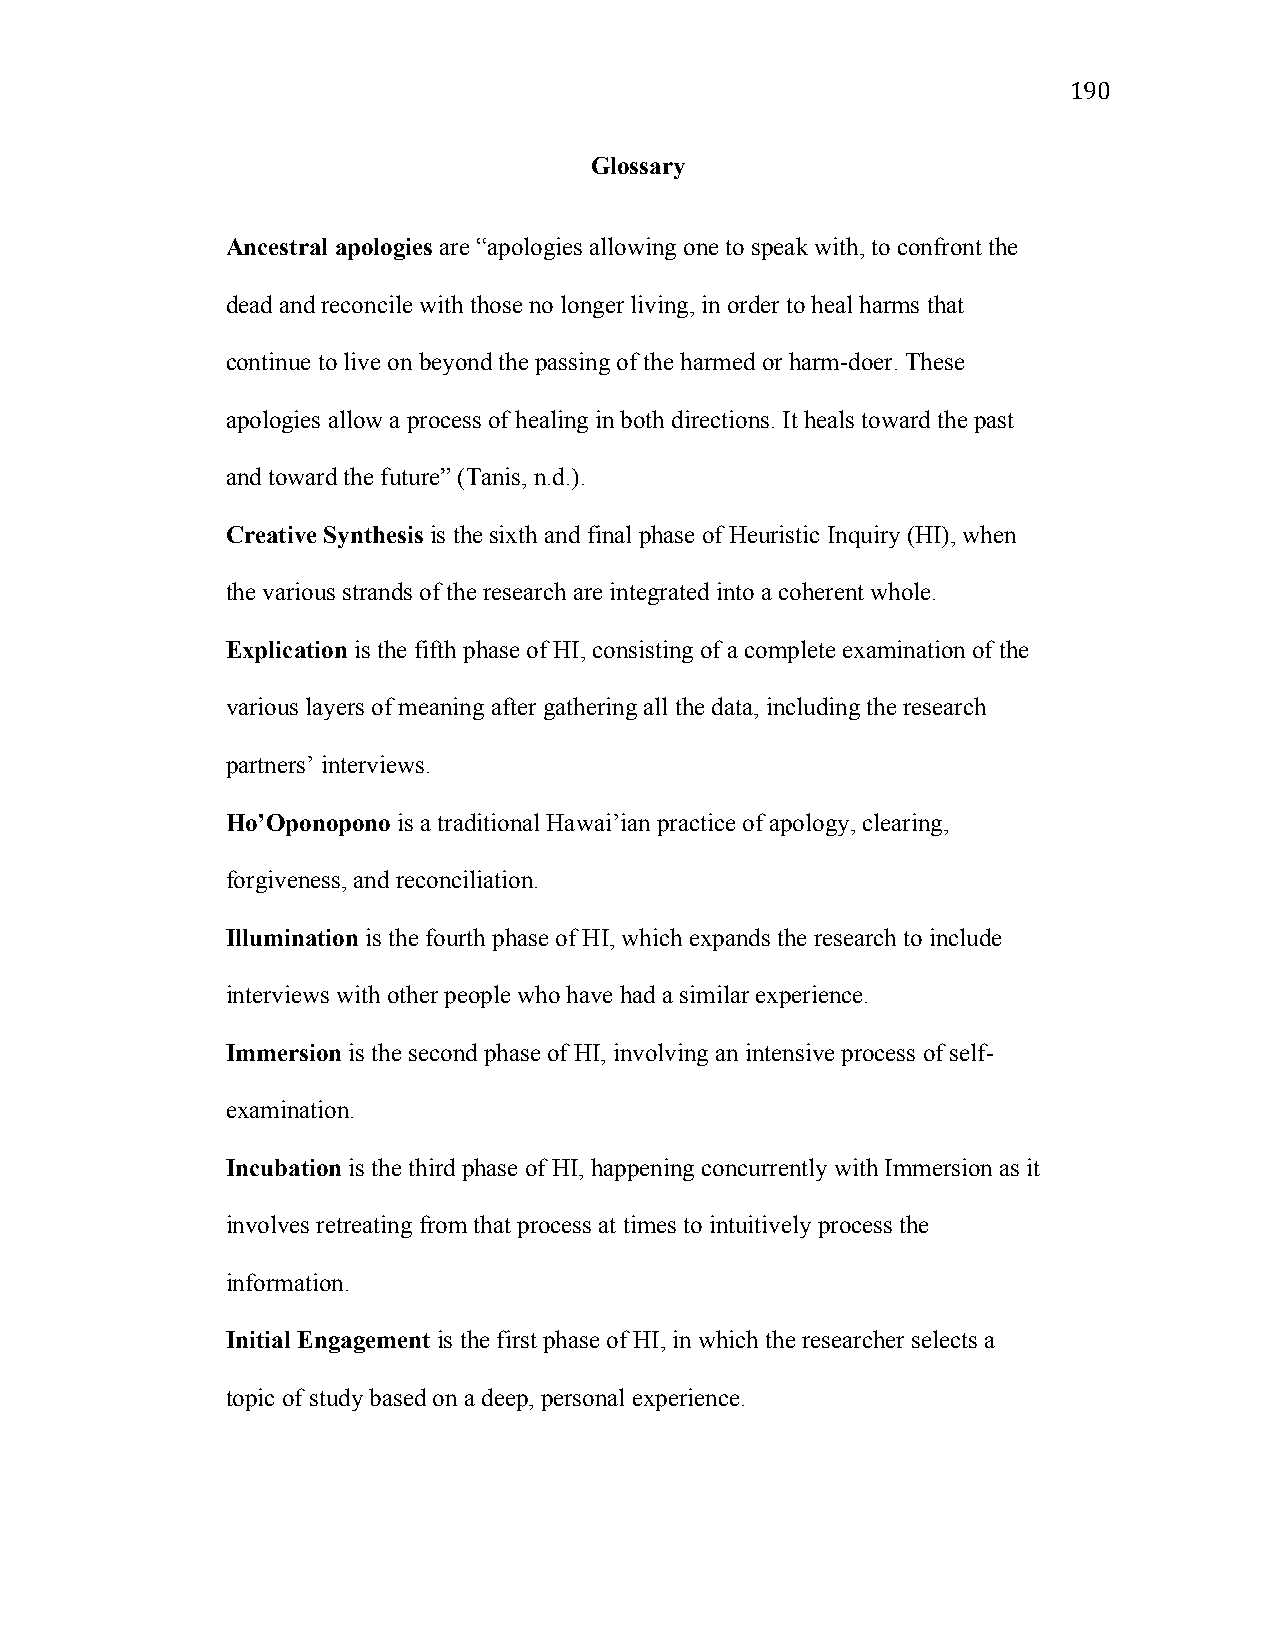
190
 Glossary
 Ancestral apologies are “apologies allowing one to speak with, to confront the
 dead and reconcile with those no longer living, in order to heal harms that
 continue to live on beyond the passing of the harmed or harm-doer. These
 apologies allow a process of healing in both directions. It heals toward the past
 and toward the future” (Tanis, n.d.).
 Creative Synthesis is the sixth and final phase of Heuristic Inquiry (HI), when
 the various strands of the research are integrated into a coherent whole.
 Explication is the fifth phase of HI, consisting of a complete examination of the
 various layers of meaning after gathering all the data, including the research
 partners’ interviews.
 Ho’Oponopono is a traditional Hawai’ian practice of apology, clearing,
 forgiveness, and reconciliation.
 Illumination is the fourth phase of HI, which expands the research to include
 interviews with other people who have had a similar experience.
 Immersion is the second phase of HI, involving an intensive process of self-
 examination.
 Incubation is the third phase of HI, happening concurrently with Immersion as it
 involves retreating from that process at times to intuitively process the
 information.
 Initial Engagement is the first phase of HI, in which the researcher selects a
 topic of study based on a deep, personal experience.